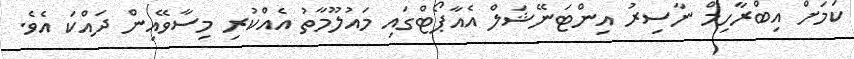
ކަމަށް އިބްރާހިމް ނާސިރު އިންޓަނޭޝަލް އެއާޕޯޓްގައި މައުލޫމާތު އެއްކުރި މިސާވޭއިން ދައްކަ އެވެ.